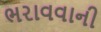
ભરાવવાની